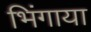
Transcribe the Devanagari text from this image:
भिंगाया